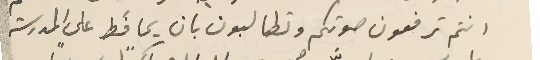
انتم ترفعون صوتكم وتطالبون بان يحافظ على المدرسة